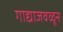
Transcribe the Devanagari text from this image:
गाद्याजवळून